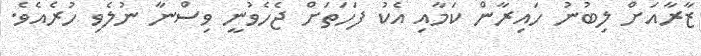
ޒާރާއަށް ލިބުނު ހައިރާން ކަމާއި އެކު ފަހަތަށް ޖެހެވުނީ ވިސްނާ ނުލެވި ހުރެއެވެ.